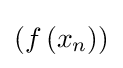
\left(f\left(x_{n}\right)\right)